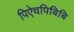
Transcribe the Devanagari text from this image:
पिऐचपिबिबि